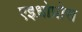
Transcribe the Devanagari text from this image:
एइध्रोप्रोरा